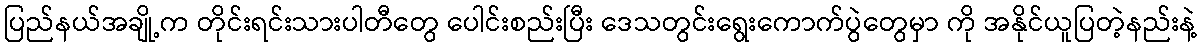
ပြည်နယ်အချို့က တိုင်းရင်းသားပါတီတွေ ပေါင်းစည်းပြီး ဒေသတွင်းရွေးကောက်ပွဲတွေမှာ ကို အနိုင်ယူပြတဲ့နည်းနဲ့